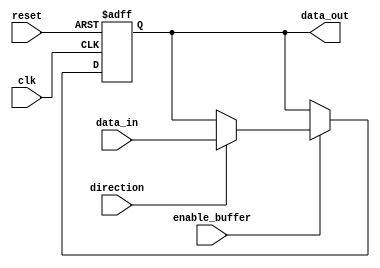
module IO_Block_TTL_Buffer (
    input wire clk,
    input wire reset,
    input wire enable_buffer,
    input wire direction,
    input wire data_in,
    output reg data_out
);

always @(posedge clk or posedge reset) begin
    if (reset) begin
        data_out <= 0;
    end else if (enable_buffer) begin
        if (direction) begin
            data_out <= data_in;
        end else begin
            // Buffer is receiving TTL level signals
            // Translate and protect internal logic signals here
            // Not implemented in this code snippet
        end
    end
end

endmodule